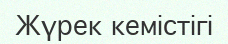
Жүрек кемістігі